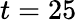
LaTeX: t=25